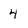
Character: 4